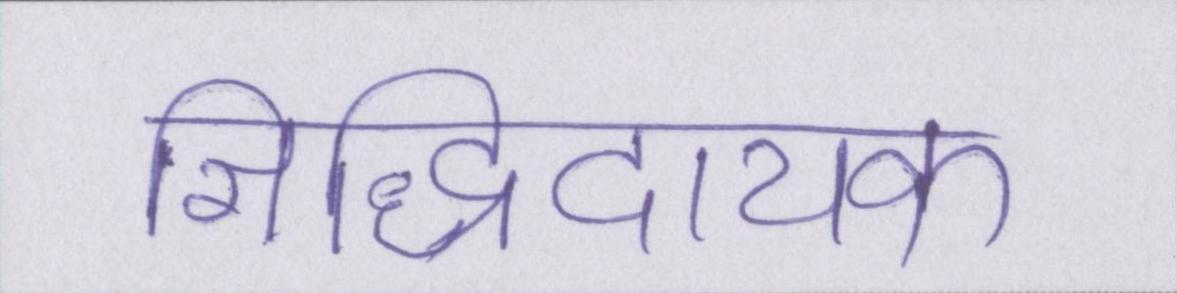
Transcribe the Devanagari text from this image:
सिद्धिदायक